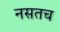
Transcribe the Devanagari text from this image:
नसतच